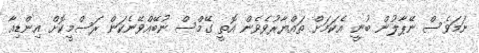
ނަމަވެސް ނޭޕާލުން ބުނީ އެކަމަށް ތައްޔާރުވެވެން އޮތީ ގޭމްސް ނުބޭއްވޭނެކަން ރަސްމީކޮށް އިންޑިއާ